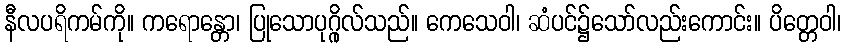
နီလပရိကမ်ကို။ ကရောန္တော၊ ပြုသောပုဂ္ဂိုလ်သည်။ ကေသေဝါ၊ ဆံပင်၌သော်လည်းကောင်း။ ပိတ္တေဝါ၊